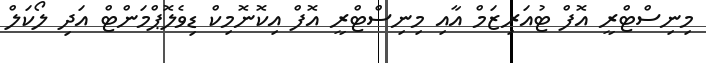
މިނިސްޓްރީ އޮފް ޓުއަރިޒަމް އާއި މިނިސްޓްރީ އޮފް އިކޮނޮމިކް ޑިވެލޮޕްމަންޓް އަދި ލޯކަލް